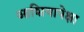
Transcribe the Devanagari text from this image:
आशियापेक्षा